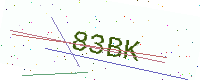
Text: 83BK